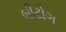
બીટોગ